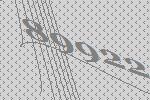
89922